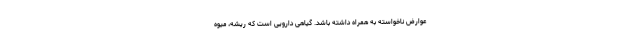
عوارض ناخواسته به همراه داشته باشد. گیاهی دارویی است که ریشه، میوه